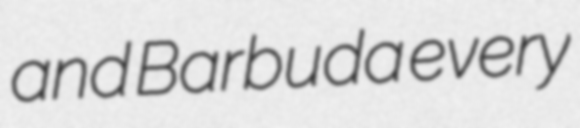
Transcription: and Barbuda every